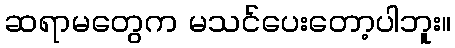
ဆရာမတွေက မသင်ပေးတော့ပါဘူး။